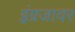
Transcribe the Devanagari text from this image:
इंग्रजावर